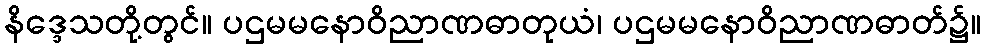
နိဒ္ဒေသတို့တွင်။ ပဌမမနောဝိညာဏဓာတုယံ၊ ပဌမမနောဝိညာဏဓာတ်၌။